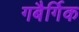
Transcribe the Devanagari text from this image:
गबैर्गिक